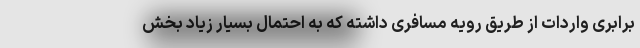
برابری واردات از طریق رویه مسافری داشته که به احتمال بسیار زیاد بخش